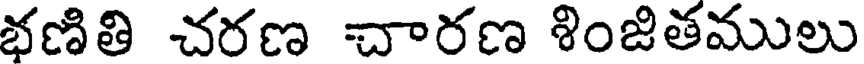
భణితి చరణ చారణ శింజితములు